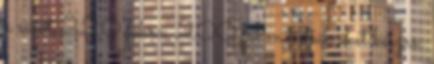
a sütőt 220 fokra. 200 fokon sütjük őket készre.